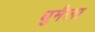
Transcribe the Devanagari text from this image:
धुमैला